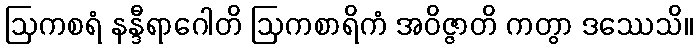
ဩကစရံ နန္ဒီရာဂေါတိ ဩကစာရိကံ အဝိဇ္ဇာတိ ကတွာ ဒဿေသိ။